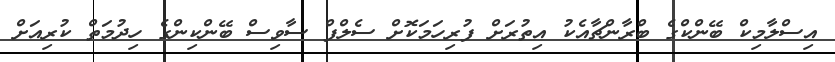
އިސްލާމިކް ބޭންކްގެ ބްރާންޗާއެކު އިތުރަށް ފުރިހަމަކޮށް ސެލްފް ސާވިސް ބޭންކިންގެ ހިދުމަތް ކުރިއަށް